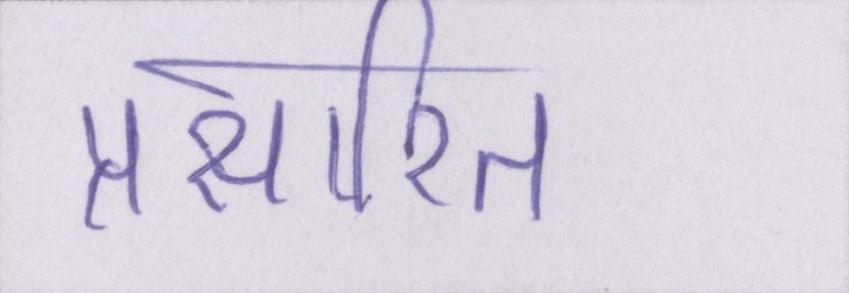
प्रसारित